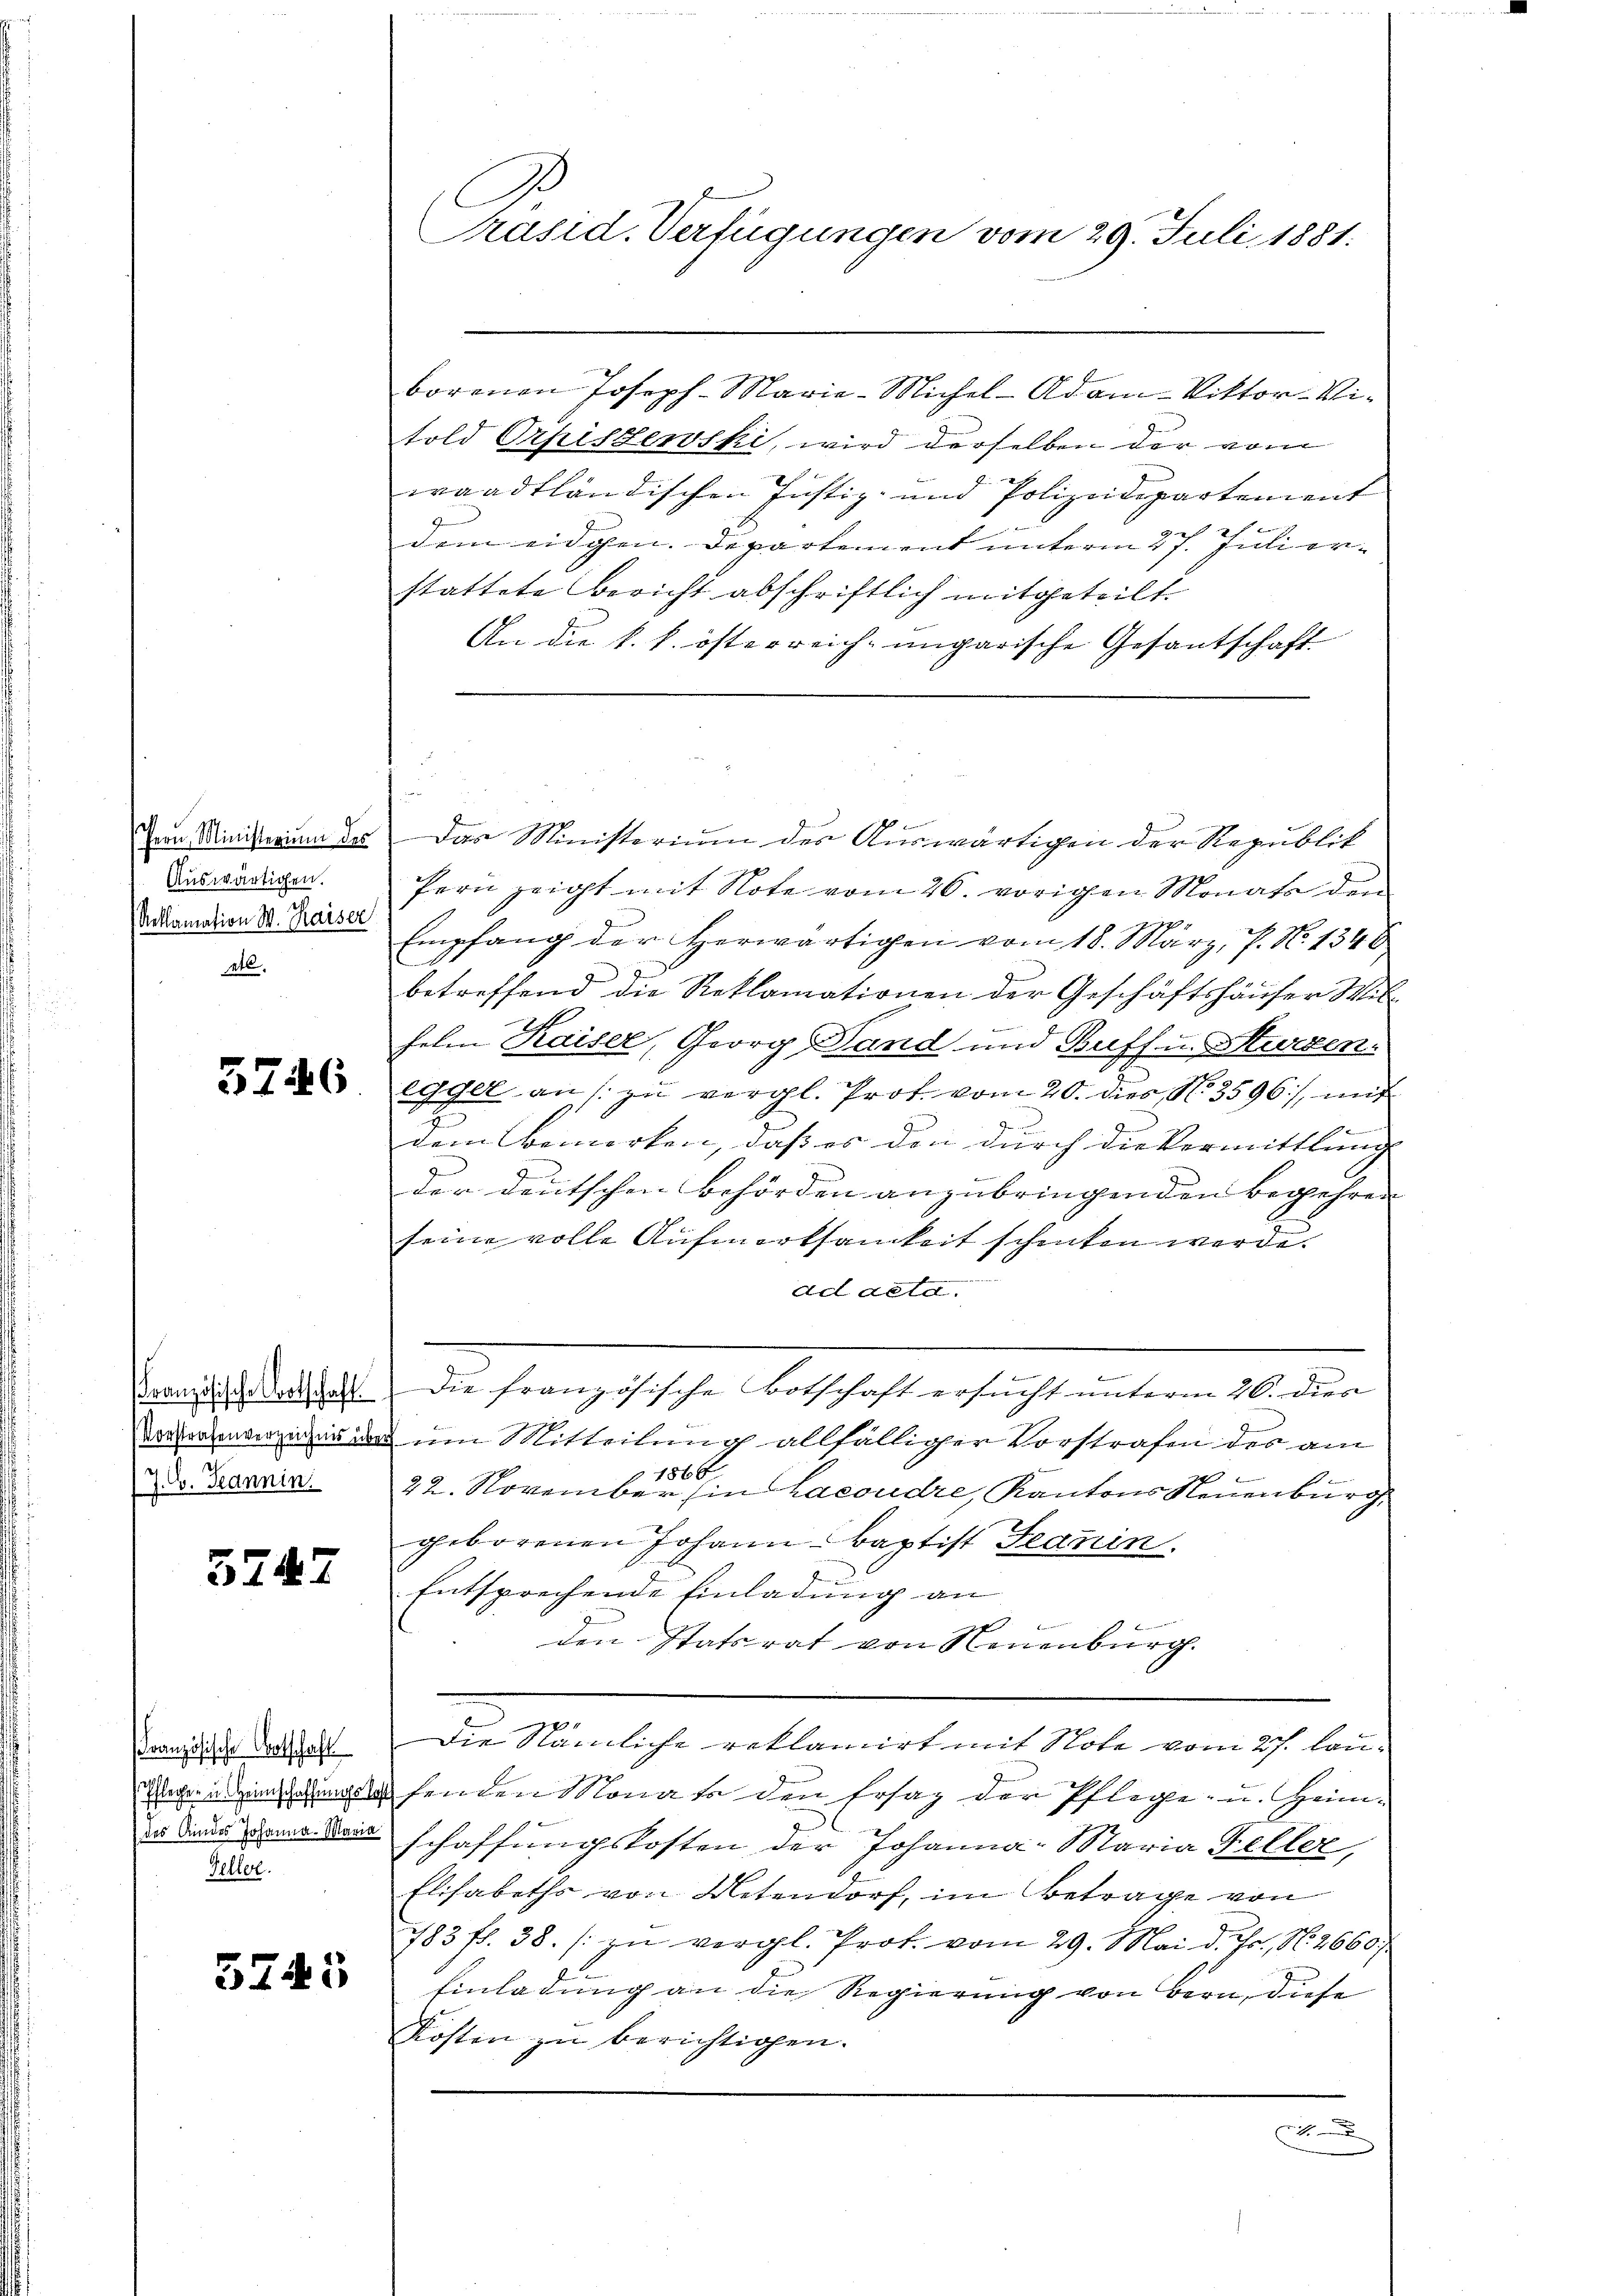
Hern Ministerium des
Auswärtigen.
Reklamation W. Kaiser
etl.

5246

J. G. Jeannin

5247

Französische Botschaft
des Kindes Johanna - Maria
Geller.

5745

Präsid. Verfügungen vom 29. Juli 1881.

borenen Joseph Marie-Michel- Adam-Viktor-Vitold Orpiszewski, wird derselben der vom
waadtländischen Justiz- und Polizeidepartement
dem eidgen. Departement unterm 27. Juli erstattete Bericht abschriftlich mitgeteilt.
An die k. k. österreich-ungarische Gesantschaft

Das Ministerium des Auswärtigen der Republik
fern zeigt mit Note vom 26. vorigen Monate den
Empfang der herwärtigen vom 18. März, P. N. 1348
.
betreffend die Reklamationen der Geschäftshäuser Wilhelm Kaiser, Georg Land und Buff u. Sturzen:
egger an zu vergl. Prof. vom 20. dies No 3596), mit

dem Bemerken, daß es den durch die Vermittlang
der deutschen Behörden anzubringenden Begehren |
seine volle Aufmerksamkeit schenken werde.
ad acta.
f
Brandisch Kathalt. Die französische Botschaft ersucht unterm 26. dien
27
Vorsorgenvermier im Mitteilung allfälliger Vorstrafen des am
1866

t
.
22. November in Lacoudre, Kantons Neuenburg.
geborenen Johann - Baptist Seanin.
Entsprechende Einladung an
den Itatsrat von Neuenburg.
Die Nämliche reklamirt mit Note vom 27. laueifenden Monate den Ersaz der Pflege- u. Heimschaffungskosten der Johanna Maria Feller,
Elisabeths von Metendorf, im Betrage von
183 f. 38. / zu vergl. Prot. vom 29. Mai d. Js., N. 2660/
Einladung an die Regierung von Bern, diese
Kosten zu berichtigen.
c